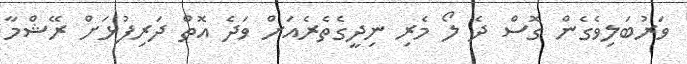
ވަރުބަލިވެގެން ގޮސް ދެ ލޯ މެރި ނިދީގެތެރެއަށް ވަދެ އޮތް ދަރިފުޅަށް ރޭޝްމާ